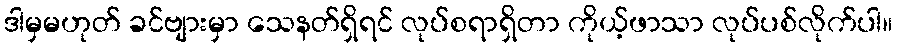
ဒါမှမဟုတ် ခင်ဗျားမှာ သေနတ်ရှိရင် လုပ်စရာရှိတာ ကိုယ့်ဖာသာ လုပ်ပစ်လိုက်ပါ။